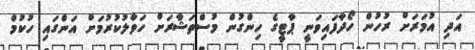
އަދި އުމަރަށް ރުހުން ހޯދާފައިވަނީ ޕާޓީގެ ހިންގުން މުސްތަޝާރަށް ހަވާލުކުރުމަށް އަންގައި ހުކުމް